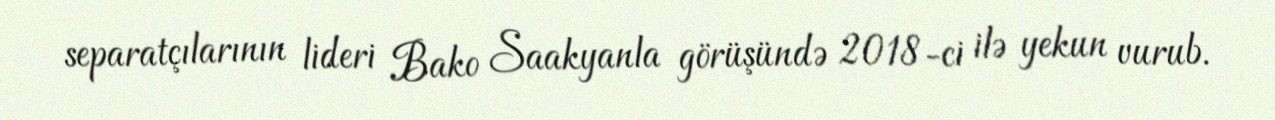
separatçılarının lideri Bako Saakyanla görüşündə 2018-ci ilə yekun vurub.